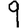
Digit: 9